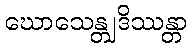
ဃောသေန္တျဒိဿန္တာ